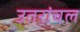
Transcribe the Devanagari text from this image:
उतरांचल